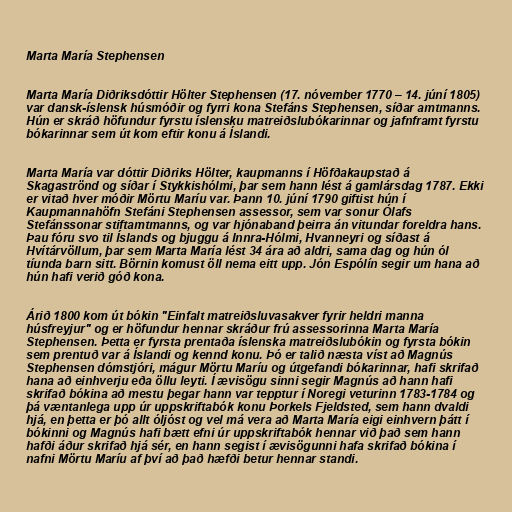
Marta María Stephensen

Marta María Diðriksdóttir Hölter Stephensen (17. nóvember 1770 – 14. júní 1805)
var dansk-íslensk húsmóðir og fyrri kona Stefáns Stephensen, síðar amtmanns.
Hún er skráð höfundur fyrstu íslensku matreiðslubókarinnar og jafnframt fyrstu
bókarinnar sem út kom eftir konu á Íslandi.

Marta María var dóttir Diðriks Hölter, kaupmanns í Höfðakaupstað á
Skagaströnd og síðar í Stykkishólmi, þar sem hann lést á gamlársdag 1787. Ekki
er vitað hver móðir Mörtu Maríu var. Þann 10. júní 1790 giftist hún í
Kaupmannahöfn Stefáni Stephensen assessor, sem var sonur Ólafs
Stefánssonar stiftamtmanns, og var hjónaband þeirra án vitundar foreldra hans.
Þau fóru svo til Íslands og bjuggu á Innra-Hólmi, Hvanneyri og síðast á
Hvítárvöllum, þar sem Marta María lést 34 ára að aldri, sama dag og hún ól
tíunda barn sitt. Börnin komust öll nema eitt upp. Jón Espólín segir um hana að
hún hafi verið góð kona.

Árið 1800 kom út bókin "Einfalt matreiðsluvasakver fyrir heldri manna
húsfreyjur" og er höfundur hennar skráður frú assessorinna Marta María
Stephensen. Þetta er fyrsta prentaða íslenska matreiðslubókin og fyrsta bókin
sem prentuð var á Íslandi og kennd konu. Þó er talið næsta víst að Magnús
Stephensen dómstjóri, mágur Mörtu Maríu og útgefandi bókarinnar, hafi skrifað
hana að einhverju eða öllu leyti. Í ævisögu sinni segir Magnús að hann hafi
skrifað bókina að mestu þegar hann var tepptur í Noregi veturinn 1783-1784 og
þá væntanlega upp úr uppskriftabók konu Þorkels Fjeldsted, sem hann dvaldi
hjá, en þetta er þó allt óljóst og vel má vera að Marta María eigi einhvern þátt í
bókinni og Magnús hafi bætt efni úr uppskriftabók hennar við það sem hann
hafði áður skrifað hjá sér, en hann segist í ævisögunni hafa skrifað bókina í
nafni Mörtu Maríu af því að það hæfði betur hennar standi.